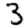
Digit: 3